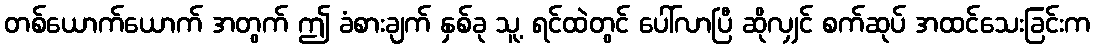
တစ်ယောက်ယောက် အတွက် ဤ ခံစားချက် နှစ်ခု သူ့ ရင်ထဲတွင် ပေါ်လာပြီ ဆိုလျှင် စက်ဆုပ် အထင်သေးခြင်းက